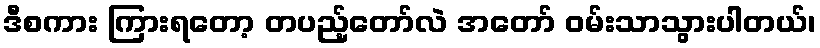
ဒီစကား ကြားရတော့ တပည့်တော်လဲ အတော် ဝမ်းသာသွားပါတယ်၊